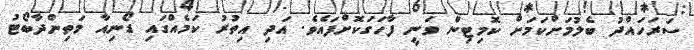
ސަރަހައްދު ބެލުމަށްކަމަށް ކޮމިޓިން ވަނީ ފާހަގަކޮށްފައެވެ. އަދި އިތުރު ކަމެއްގައި ޑޯނިއާ މަތިންދާބޯޓު